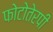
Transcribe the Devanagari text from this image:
फोटोतेरपी